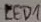
Text: LED1